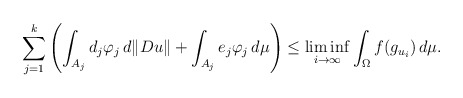
\begin{align*}\sum_{j=1}^k\left(\int_{A_j}d_j\varphi_j \,d\Vert Du\Vert +\int_{A_j}e_j\varphi_j\,d\mu\right) \le \liminf_{i\to\infty}\int_{\Omega} f(g_{u_i})\,d\mu.\end{align*}